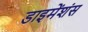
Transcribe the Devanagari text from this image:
डाइमेंशंस